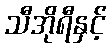
သီအိုရီနှင့်